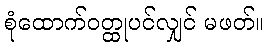
စုံထောက်ဝတ္ထုပင်လျှင် မဖတ်။